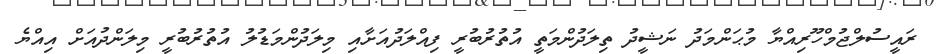
ރައީސުލްޖުމްހޫރިއްޔާ މުޙަންމަދު ނަޝީދު ތިލަދުންމަތީ އުތުރުބުރީ ފިއްލަދުއަށާއި މިލަދުންމަޑުލު އުތުރުބުރީ މިލަންދުއަށް އިއްޔެ